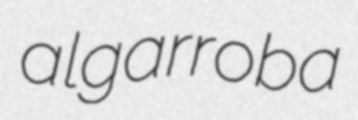
algarroba